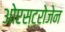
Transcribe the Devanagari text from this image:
ओएस्ट्रोजेन